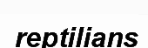
reptilians